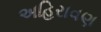
અહિરાવણ